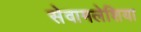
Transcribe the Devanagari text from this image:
सेवामलेशिया